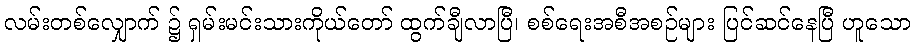
လမ်းတစ်လျှောက် ၌ ရှမ်းမင်းသားကိုယ်တော် ထွက်ချီလာပြီ၊ စစ်ရေးအစီအစဉ်များ ပြင်ဆင်နေပြီ ဟူသော